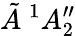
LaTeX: \tilde{A}\ {}^{1}A_{2}^{\prime\prime}